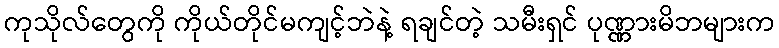
ကုသိုလ်တွေကို ကိုယ်တိုင်မကျင့်ဘဲနဲ့ ရချင်တဲ့ သမီးရှင် ပုဏ္ဏားမိဘများက